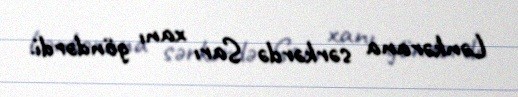
Lənkərana sərkərdə Sarı xanı göndərdi.